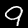
Label: 9